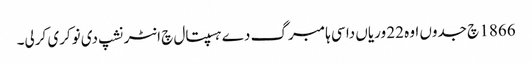
1866 چ جدوں اوہ 22 وریاں دا سی ہامبرگ دے ہسپتال چ انٹرنشپ دی نوکری کرلی۔